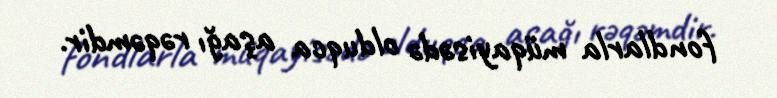
fondlarla müqayisədə olduqca aşağı rəqəmdir.